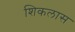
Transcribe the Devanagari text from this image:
शिकलास